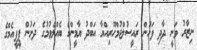
ނިޒާރު ވަނީ ދާދި ފަހުން ރައީސުލްޖުމްހޫރިއްޔާ އަބްދު ޔާމީންގެ ބެއްލެވުމުގެ ދަށުން ޕީޕީއެމްގެ